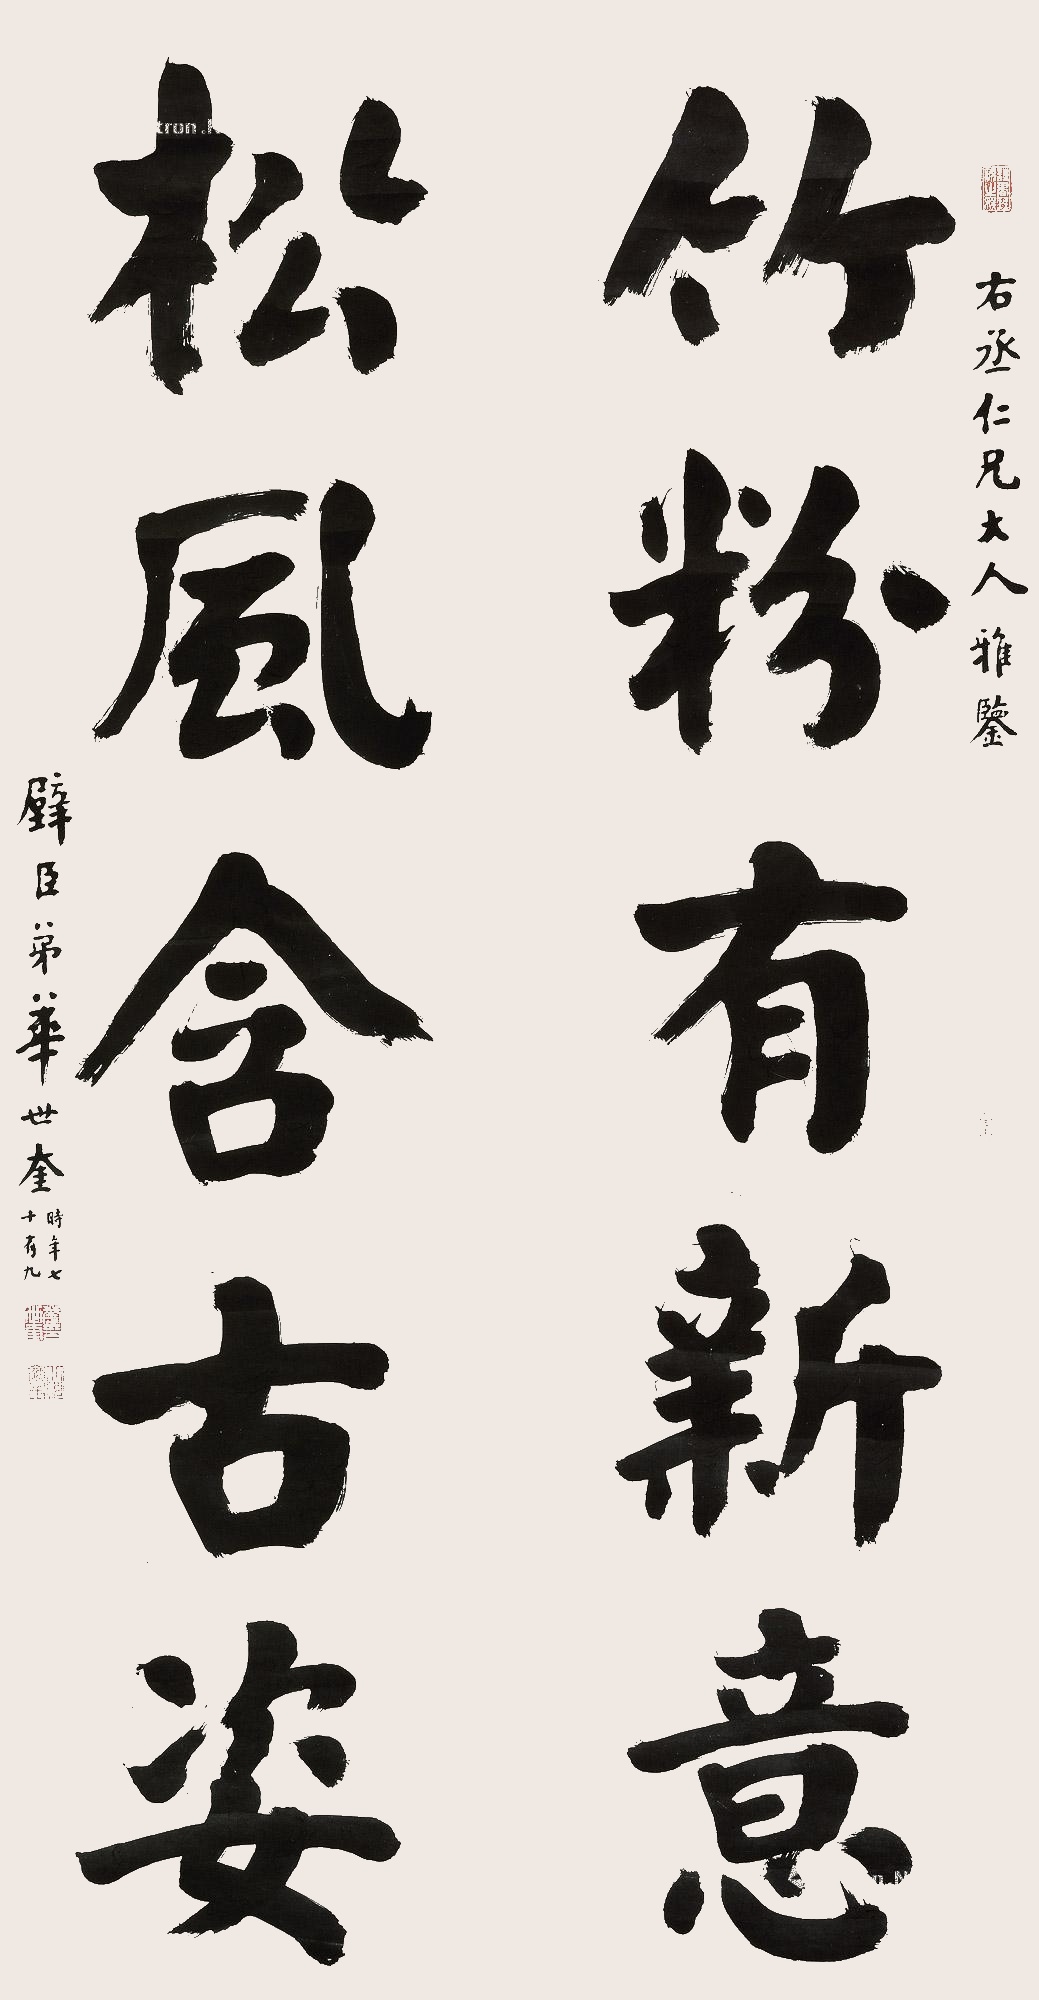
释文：竹粉有新意，松风含古姿。右丞仁兄大人雅鉴。壁臣弟华世奎时年七十有九。